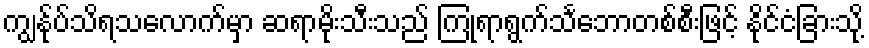
ကျွန်ုပ်သိရသလောက်မှာ ဆရာမိုးသီးသည် ကြုံရာရွက်သင်္ဘောတစ်စီးဖြင့် နိုင်ငံခြားသို့